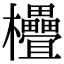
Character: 𣡭